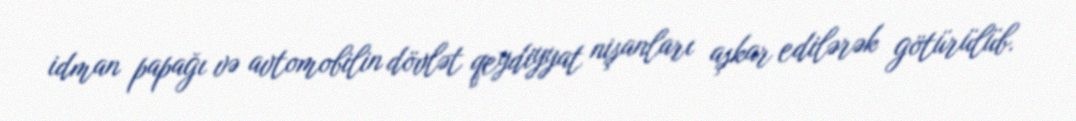
idman papağı və avtomobilin dövlət qeydiyyat nişanları aşkar edilərək götürülüb.